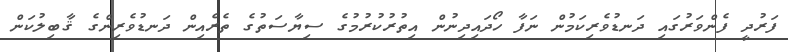
ފަރުދީ ފެންވަރުގައި ދަނޑުވެރިކަމުން ނަފާ ހޯދައިދިނުން އިތުރުކުރުމުގެ ސިޔާސަތުގެ ތެރެއިން ދަނޑުވެރިންގެ ޤާބިލުކަން